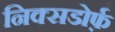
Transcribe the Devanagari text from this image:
निक्सडोर्फ़